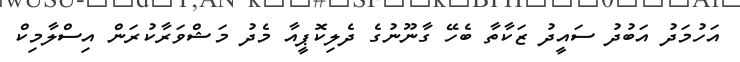
އަހުމަދު އަބުދު ސައީދު ޒަކާތާ ބެހޭ ގާނޫނުގެ ދެލިކޮޕީއާ މެދު މަޝްވަރާކުރަން އިސްލާމިކް